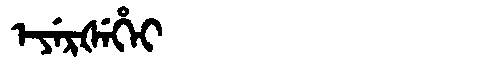
Manchu: ᡝᠶᡝᡵᡧᡝᡥᡝᡳ
Romanization: EYERŠEHEI